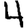
Digit: 4